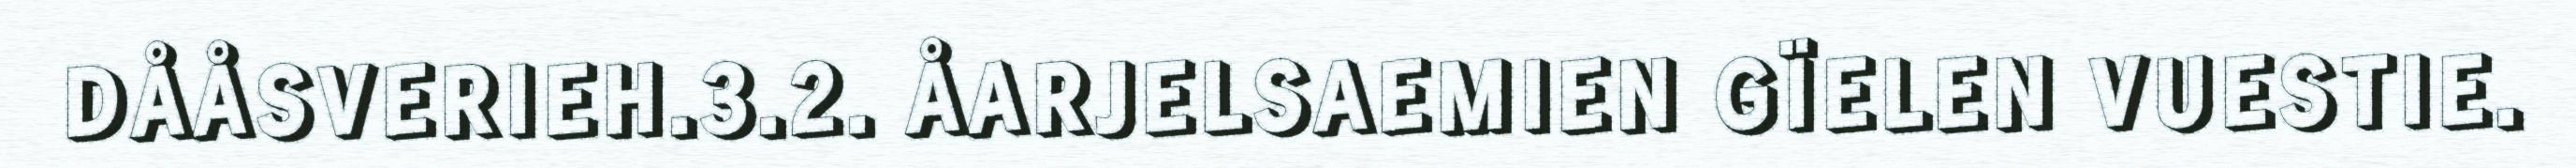
DÅÅSVERIEH.3.2. ÅARJELSAEMIEN GÏELEN VUESTIE.